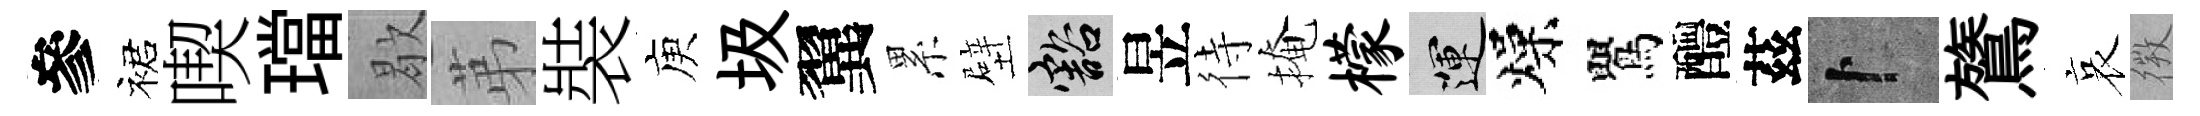
參裙喫璫歇苐裝庾圾翼累壁豁昱待掩檬運燥鸎醴茲卜鷟哀𢕄